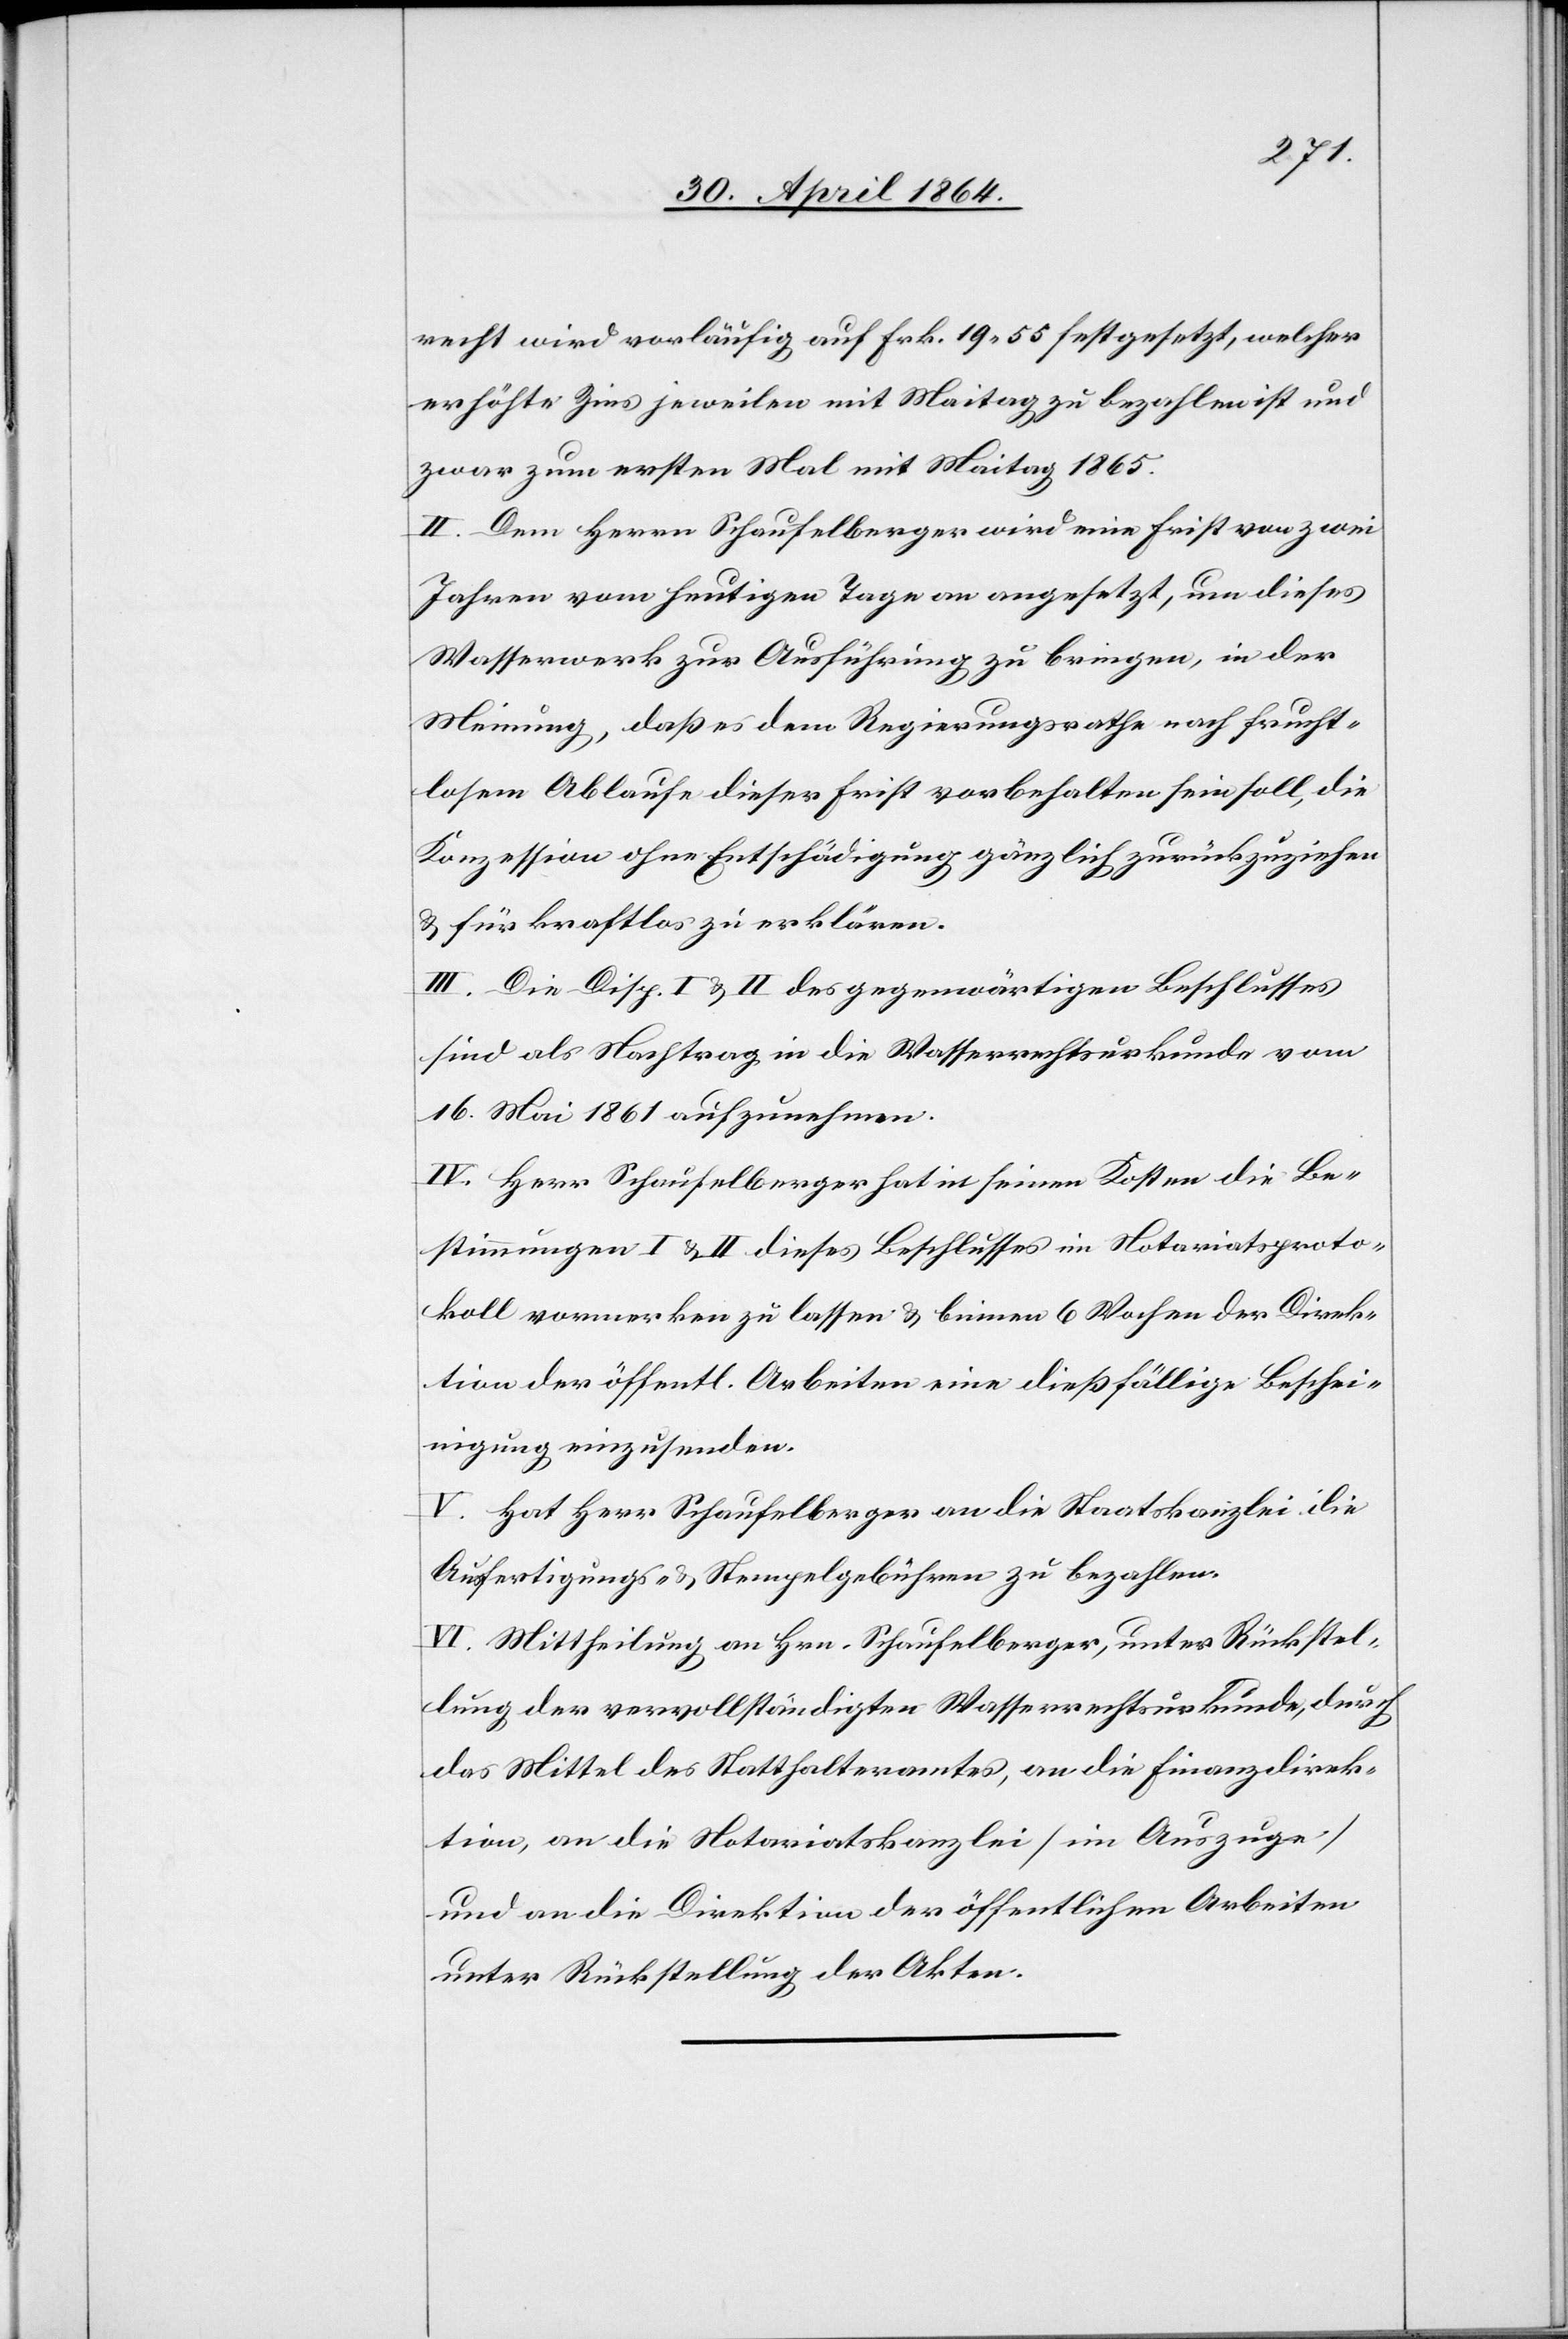
recht wird vorläufig auf Frk. 19 50 festgesetzt, welcher
erhöhte Zins jeweilen mit Maitag zu bezahlen ist und
zwar zum ersten Mal mit Maitag 1865.
II. Dem Herrn Schaufelberger wird eine Frist von zwei
Jahren vom heutigen Tage an angesetzt, um dieses
Wasserwerk zur Ausführung zu bringen, in der
Meinung, daß es dem Regierungsrathe nach frucht¬
losem Ablaufe dieser Frist vorbehalten sein soll, die
Konzession ohne Entschädigung gänzlich zurückzuziehen
u. für kraftlos zu erklären.
III. Die Disp. I. u. II. des gegenwärtigen Beschlusses
sind als Nachtrag in die Wasserrechtsurkunde vom
16. Mai 1861 aufzunehmen.
IV. Herr Schaufelberger hat in seinen Kosten die Be¬
stimmungen I. u. II. dieses Beschlusses im Notariatsproto¬
koll vormerken zu lassen u. binnen 6 Wochen der Direk¬
tion der öffentl. Arbeiten eine dießfällige Beschei¬
nigung einzusenden.
V. Hat Herr Schaufelberger an die Staatskanzlei die
Ausfertigungs- u. Stempelgebühren zu bezahlen.
VI. Mittheilung an Hrn. Schaufelberger, unter Rückstel¬
lung der vervollständigten Wasserrechtsurkunde, durch
das Mittel des Statthalteramtes, an die Finanzdirek¬
tion, an die Notariatskanzlei [im Auszuge]
und an die Direktion der öffentlichen Arbeiten
unter Rückstellung der Akten.